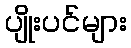
ပျိုးပင်များ